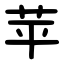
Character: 苹